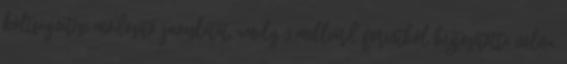
költségvetési módosító javaslatát, amely 3 milliárd forintból biztosította volna,